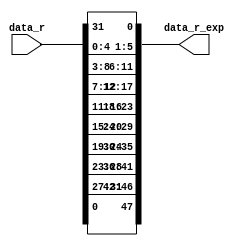
module expansion_module(input[32:1] data_r,
						output reg[48:1] data_r_exp);
	
	always@*
	begin
		data_r_exp[1]= data_r[32];
		data_r_exp[2]= data_r[1];
		data_r_exp[3]= data_r[2];
		data_r_exp[4]= data_r[3];
		data_r_exp[5]= data_r[4];
		data_r_exp[6]= data_r[5];
		data_r_exp[7]= data_r[4];
		data_r_exp[8]= data_r[5];
		data_r_exp[9]= data_r[6];
		data_r_exp[10]= data_r[7];
		data_r_exp[11]= data_r[8];
		data_r_exp[12]= data_r[9];
		data_r_exp[13]= data_r[8];
		data_r_exp[14]= data_r[9];
		data_r_exp[15]= data_r[10];
		data_r_exp[16]= data_r[11];
		data_r_exp[17]= data_r[12];
		data_r_exp[18]= data_r[13];
		data_r_exp[19]= data_r[12];
		data_r_exp[20]= data_r[13];
		data_r_exp[21]= data_r[14];
		data_r_exp[22]= data_r[15];
		data_r_exp[23]= data_r[16];
		data_r_exp[24]= data_r[17];
		data_r_exp[25]= data_r[16];
		data_r_exp[26]= data_r[17];
		data_r_exp[27]= data_r[18];
		data_r_exp[28]= data_r[19];
		data_r_exp[29]= data_r[20];
		data_r_exp[30]= data_r[21];
		data_r_exp[31]= data_r[20];
		data_r_exp[32]= data_r[21];
		data_r_exp[33]= data_r[22];
		data_r_exp[34]= data_r[23];
		data_r_exp[35]= data_r[24];
		data_r_exp[36]= data_r[25];
		data_r_exp[37]= data_r[24];
		data_r_exp[38]= data_r[25];
		data_r_exp[39]= data_r[26];
		data_r_exp[40]= data_r[27];
		data_r_exp[41]= data_r[28];
		data_r_exp[42]= data_r[29];
		data_r_exp[43]= data_r[28];
		data_r_exp[44]= data_r[29];
		data_r_exp[45]= data_r[30];
		data_r_exp[46]= data_r[31];
		data_r_exp[47]= data_r[32];
		data_r_exp[48]= data_r[1];
	end
	
endmodule